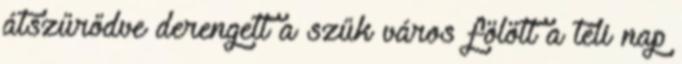
átszűrődve derengett a szűk város fölött a téli nap